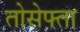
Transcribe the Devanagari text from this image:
तोसेफ्ता